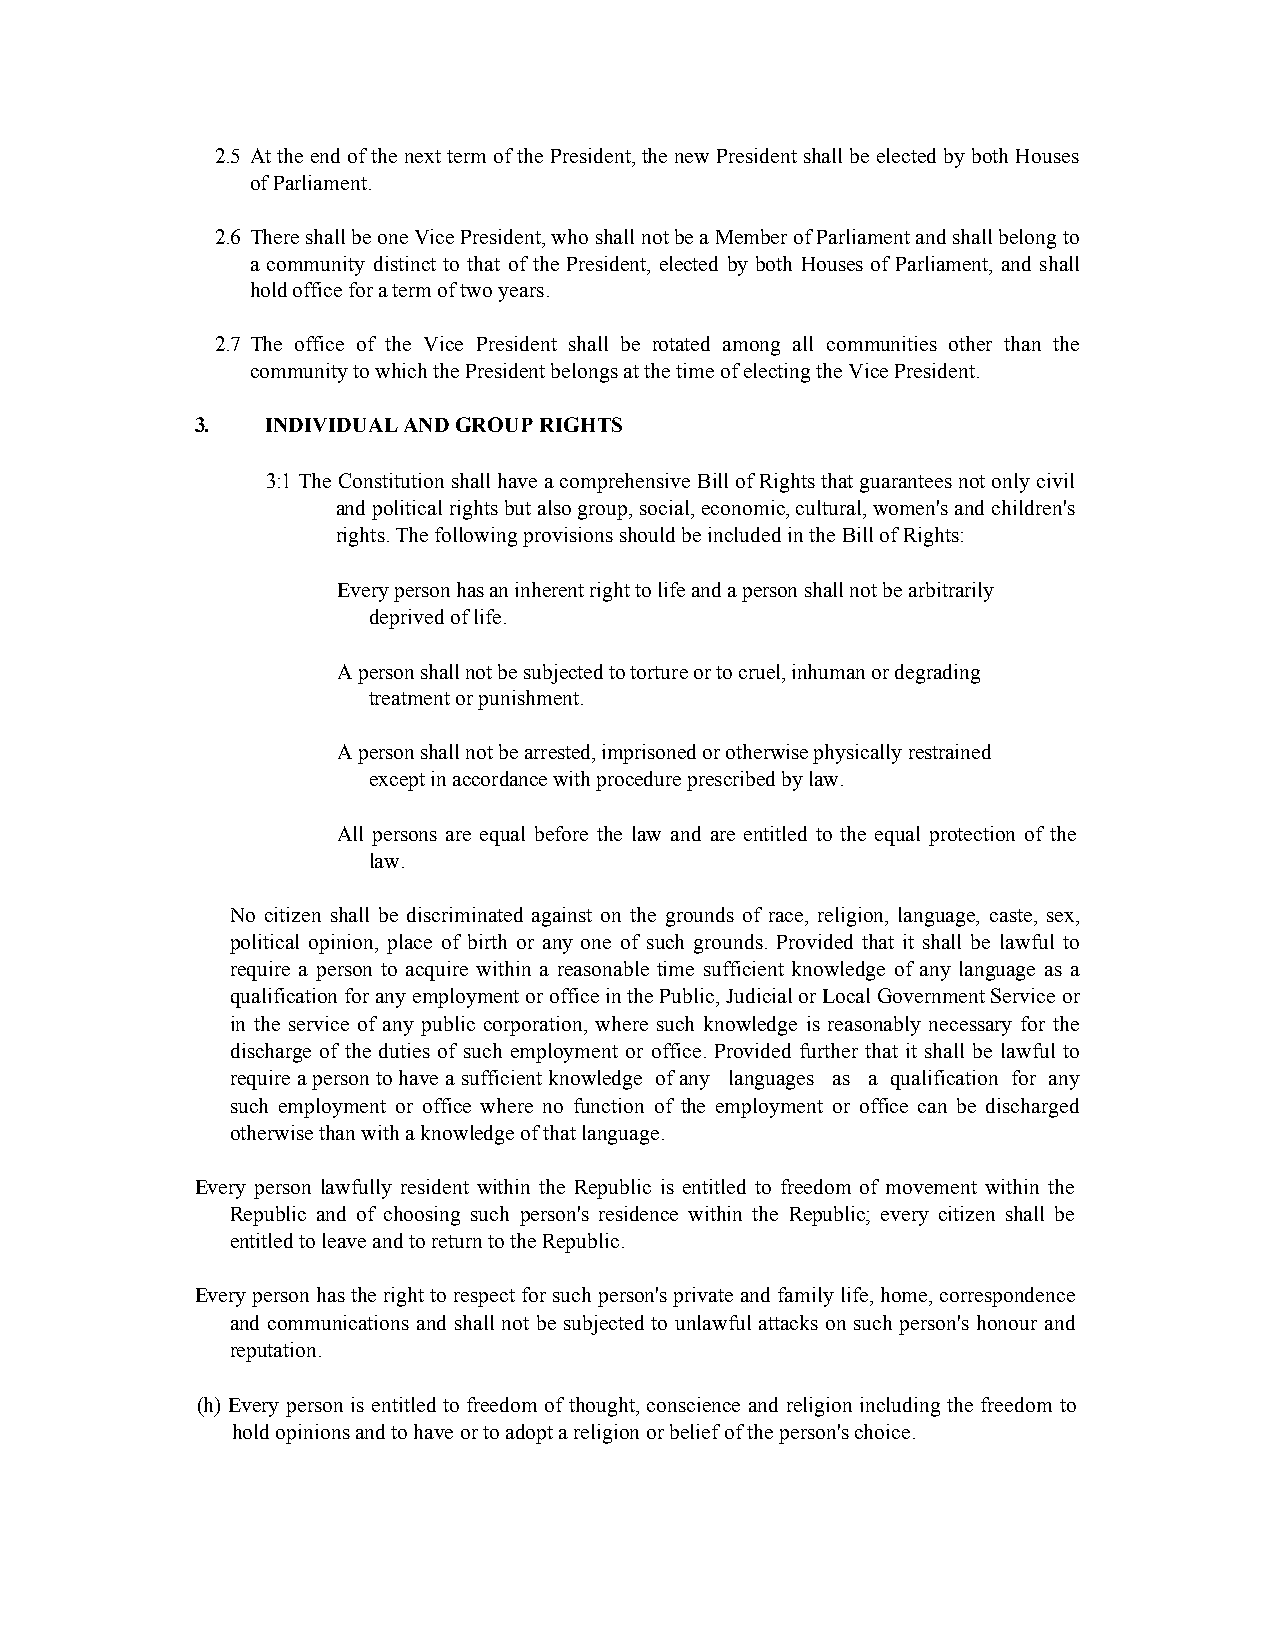
2.5 At the end of the next term of the President, the new President shall be elected by both Houses
 of Parliament.
 2.6 There shall be one Vice President, who shall not be a Member of Parliament and shall belong to
 a community distinct to that of the President, elected by both Houses of Parliament, and shall
 hold office for a term of two years.
 2.7 The office of the Vice President shall be rotated among all communities other than the
 community to which the President belongs at the time of electing the Vice President.
 3.   INDIVIDUAL AND GROUP RIGHTS
 3:1 The Constitution shall have a comprehensive Bill of Rights that guarantees not only civil
 and political rights but also group, social, economic, cultural, women's and children's
 rights. The following provisions should be included in the Bill of Rights:
 Every person has an inherent right to life and a person shall not be arbitrarily
 deprived of life.
 A person shall not be subjected to torture or to cruel, inhuman or degrading
 treatment or punishment.
 A person shall not be arrested, imprisoned or otherwise physically restrained
 except in accordance with procedure prescribed by law.
 All persons are equal before the law and are entitled to the equal protection of the
 law.
 No citizen shall be discriminated against on the grounds of race, religion, language, caste, sex,
 political opinion, place of birth or any one of such grounds. Provided that it shall be lawful to
 require a person to acquire within a reasonable time sufficient knowledge of any language as a
 qualification for any employment or office in the Public, Judicial or Local Government Service or
 in the service of any public corporation, where such knowledge is reasonably necessary for the
 discharge of the duties of such employment or office. Provided further that it shall be lawful to
 require a person to have a sufficient knowledge of any languages as a qualification for any
 such employment or office where no function of the employment or office can be discharged
 otherwise than with a knowledge of that language.
 Every person lawfully resident within the Republic is entitled to freedom of movement within the
 Republic and of choosing such person's residence within the Republic; every citizen shall be
 entitled to leave and to return to the Republic.
 Every person has the right to respect for such person's private and family life, home, correspondence
 and communications and shall not be subjected to unlawful attacks on such person's honour and
 reputation.
 (h) Every person is entitled to freedom of thought, conscience and religion including the freedom to
 hold opinions and to have or to adopt a religion or belief of the person's choice.